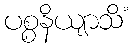
ပစ္စနိယျာသိံ